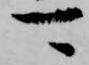
可